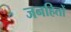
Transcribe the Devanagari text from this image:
जनहितों